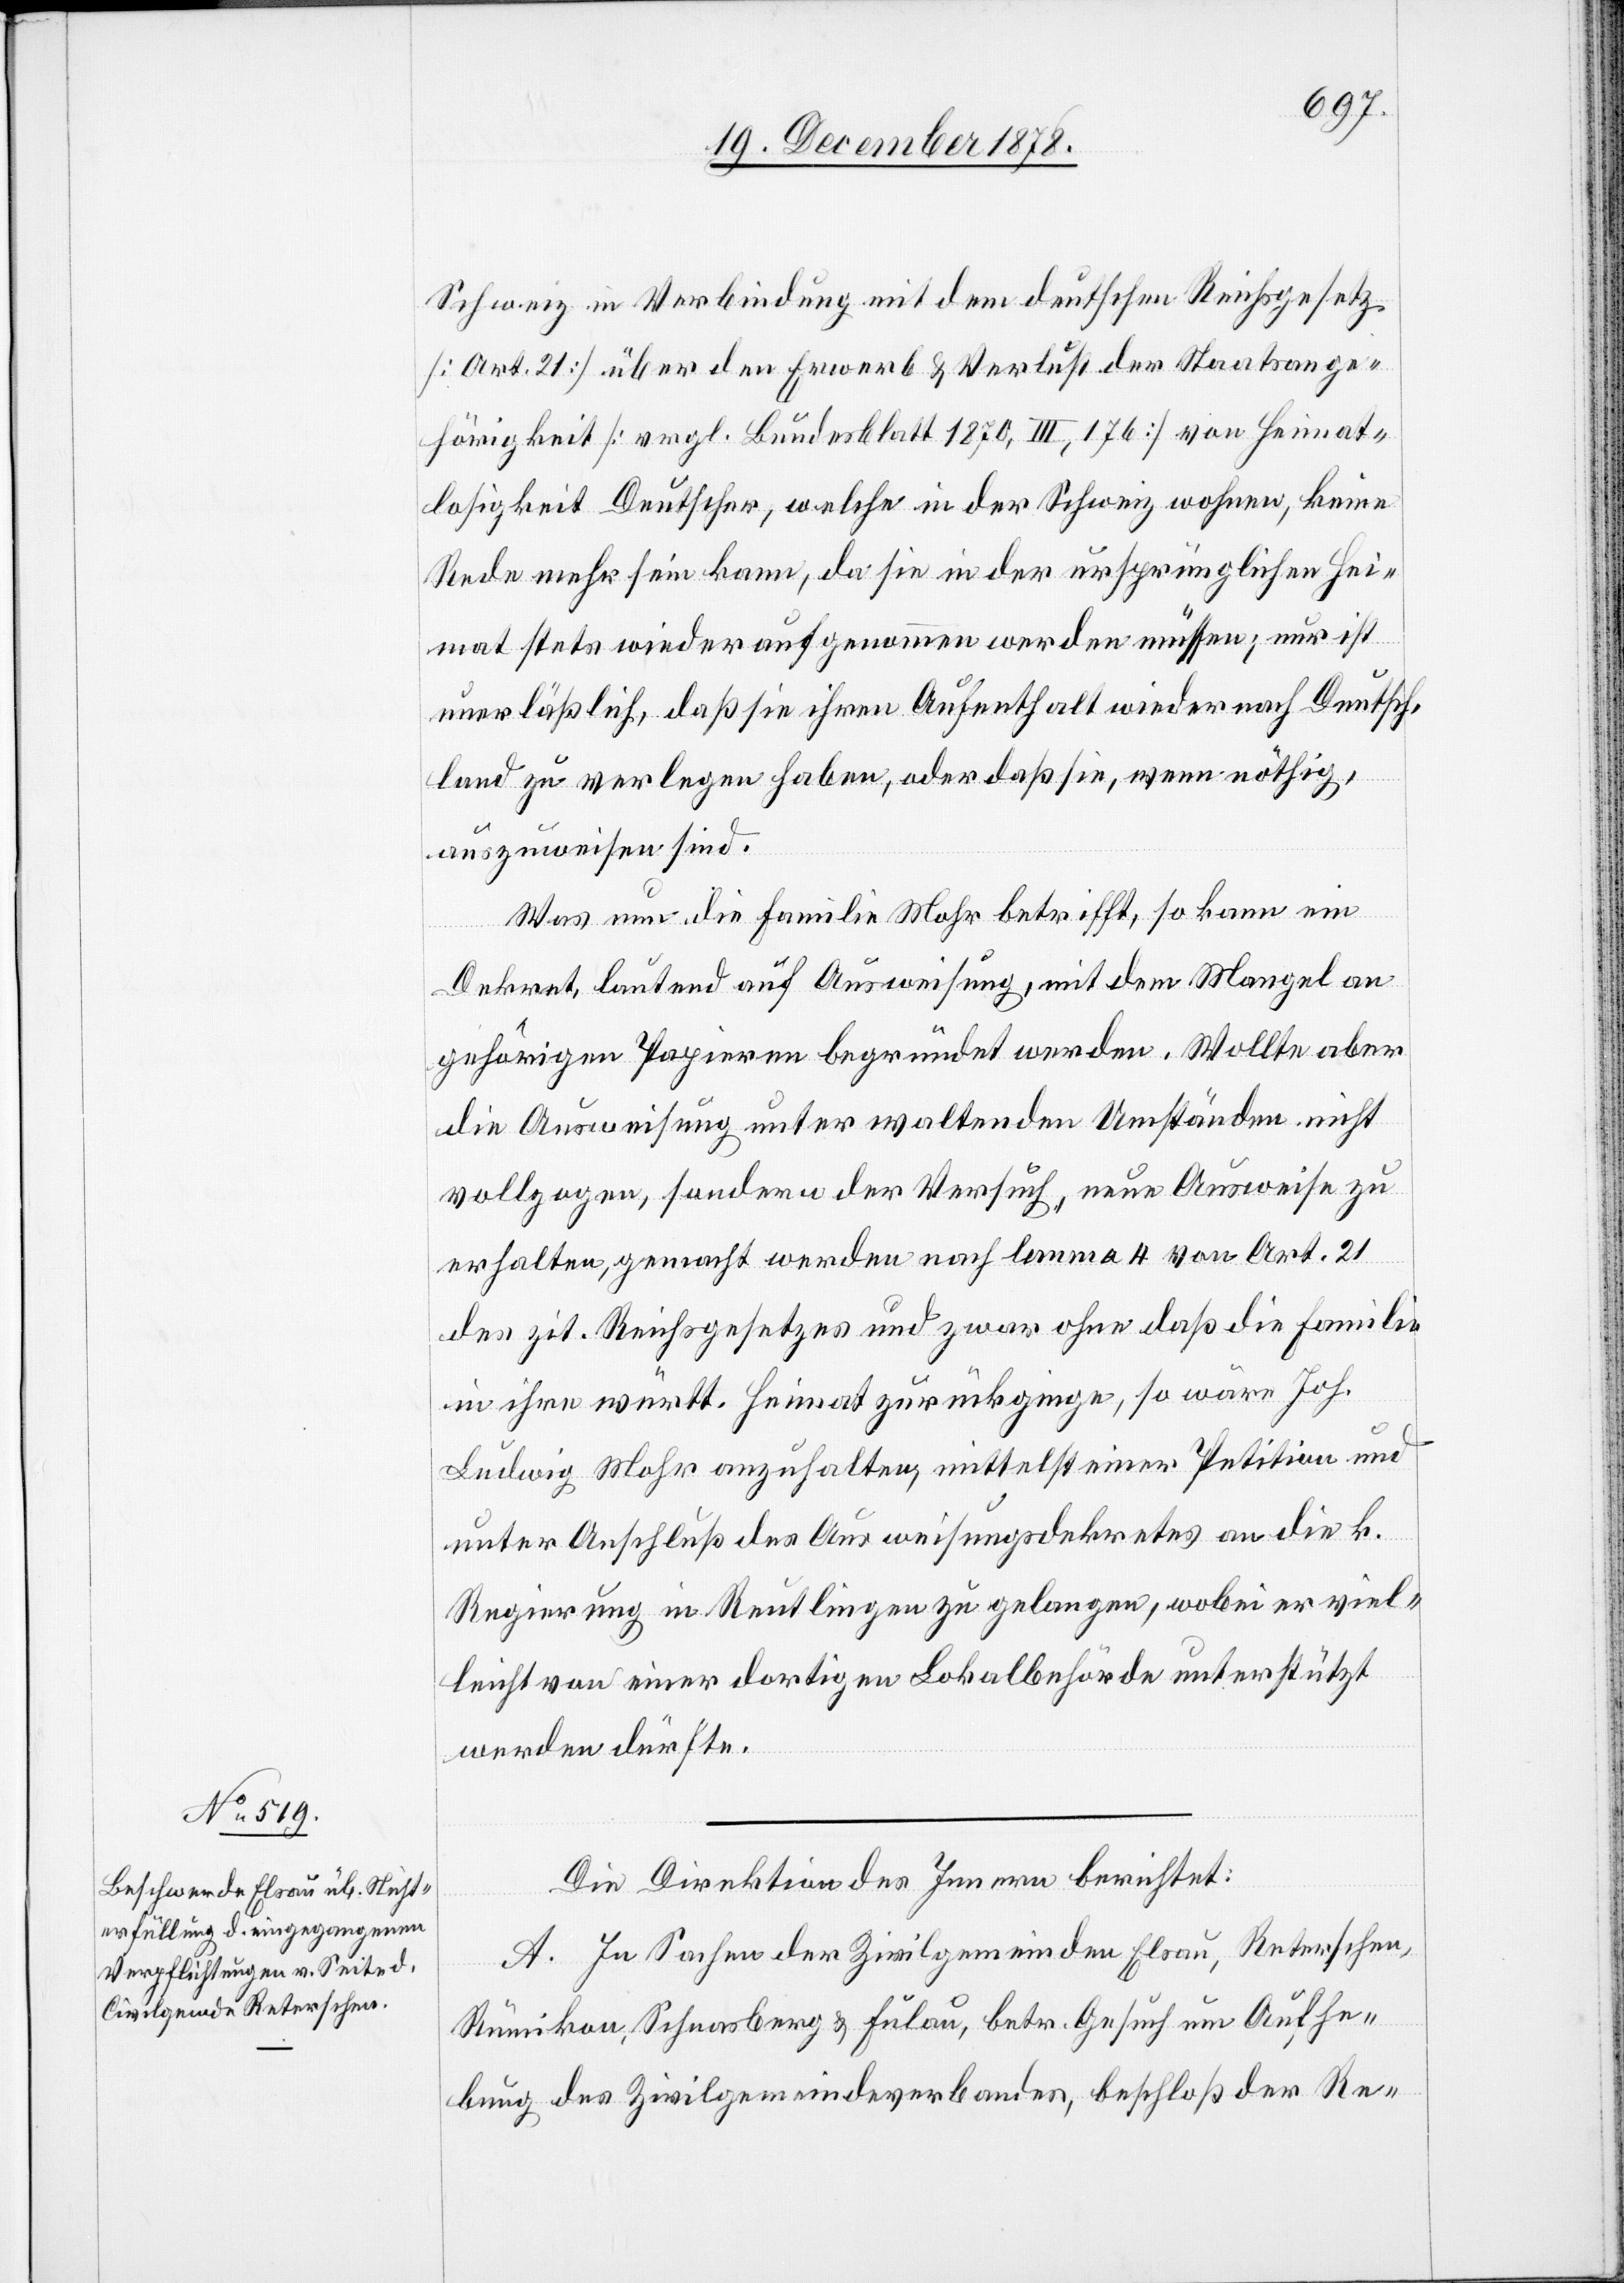
Schweiz in Verbindung mit dem deutschen Reichsgesetz
[Art. 21] über den Erwerb & Verlust der Staatsange¬
hörigkeit [vergl. Bundesblatt 1870, III, 176] von Heimat¬
losigkeit Deutscher, welche in der Schweiz wohnen, keine
Rede mehr sein kann, da sie in der ursprünglichen Hei¬
mat stets wieder aufgenommen werden müssen; nur ist
unerläßlich, daß sie ihren Aufenthalt wieder nach Deutsch¬
land zu verlegen haben, oder daß sie, wenn nöthig,
auszuweisen sind.
Was nun die Familie Mohr betrifft, so kann ein
Dekret, lautend auf Ausweisung, mit dem Mangel an
gehörigen Papieren begründet werden. Wollte aber
die Ausweisung unter waltenden Umständen nicht
vollzogen, sondern der Versuch, neue Ausweise zu
erhalten, gemacht werden nach lemma 4 von Art. 21
des zit. Reichsgesetzes und zwar ohne daß die Familie
in ihre württ. Heimat zurückginge, so wäre Joh.
Ludwig Mohr anzuhalten, mittelst einer Petition und
unter Anschluß des Ausweisungsdekretes an die k.
Regierung in Reutlingen zu gelangen, wobei er viel¬
leicht von einer dortigen Lokalbehörde unterstützt
werden dürfte.
Die Direktion des Innern berichtet:
A. In Sachen der Zivilgemeinden Elsau, Reterschen,
Rümikon, Schnasberg & Fulau, betr. Gesuch um Aufhe¬
bung des Zivilgemeindeverbandes, beschloß der Re-